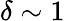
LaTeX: \delta\sim 1